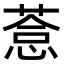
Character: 𦷋